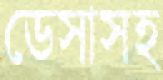
ডেসাসহ